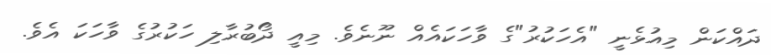
ދައްކަން މިއުޅެނީ "އެހަކުރު"ގެ ވާހަކައެއް ނޫނެވެ. މިއީ ދޯބުރާލި ހަކުރުގެ ވާހަކަ އެވެ.